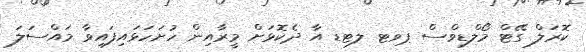
ކޮރަލް ގޭޓް މޯލްޑިވްސް ޕވޓ ލޓޑ އާ ދެކޮޅަށް މީރާއިން ހުށަހަޅައިފައިވާ މައްސަލަ